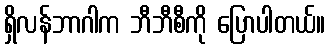
ရှိလန်ဘာဂါက ဘီဘီစီကို ပြောပါတယ်။